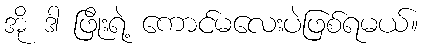
အို ဒါ ဖြိုးရဲ့ ကောင်မလေးပဲဖြစ်ရမယ်။